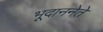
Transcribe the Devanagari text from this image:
भूदाननेते